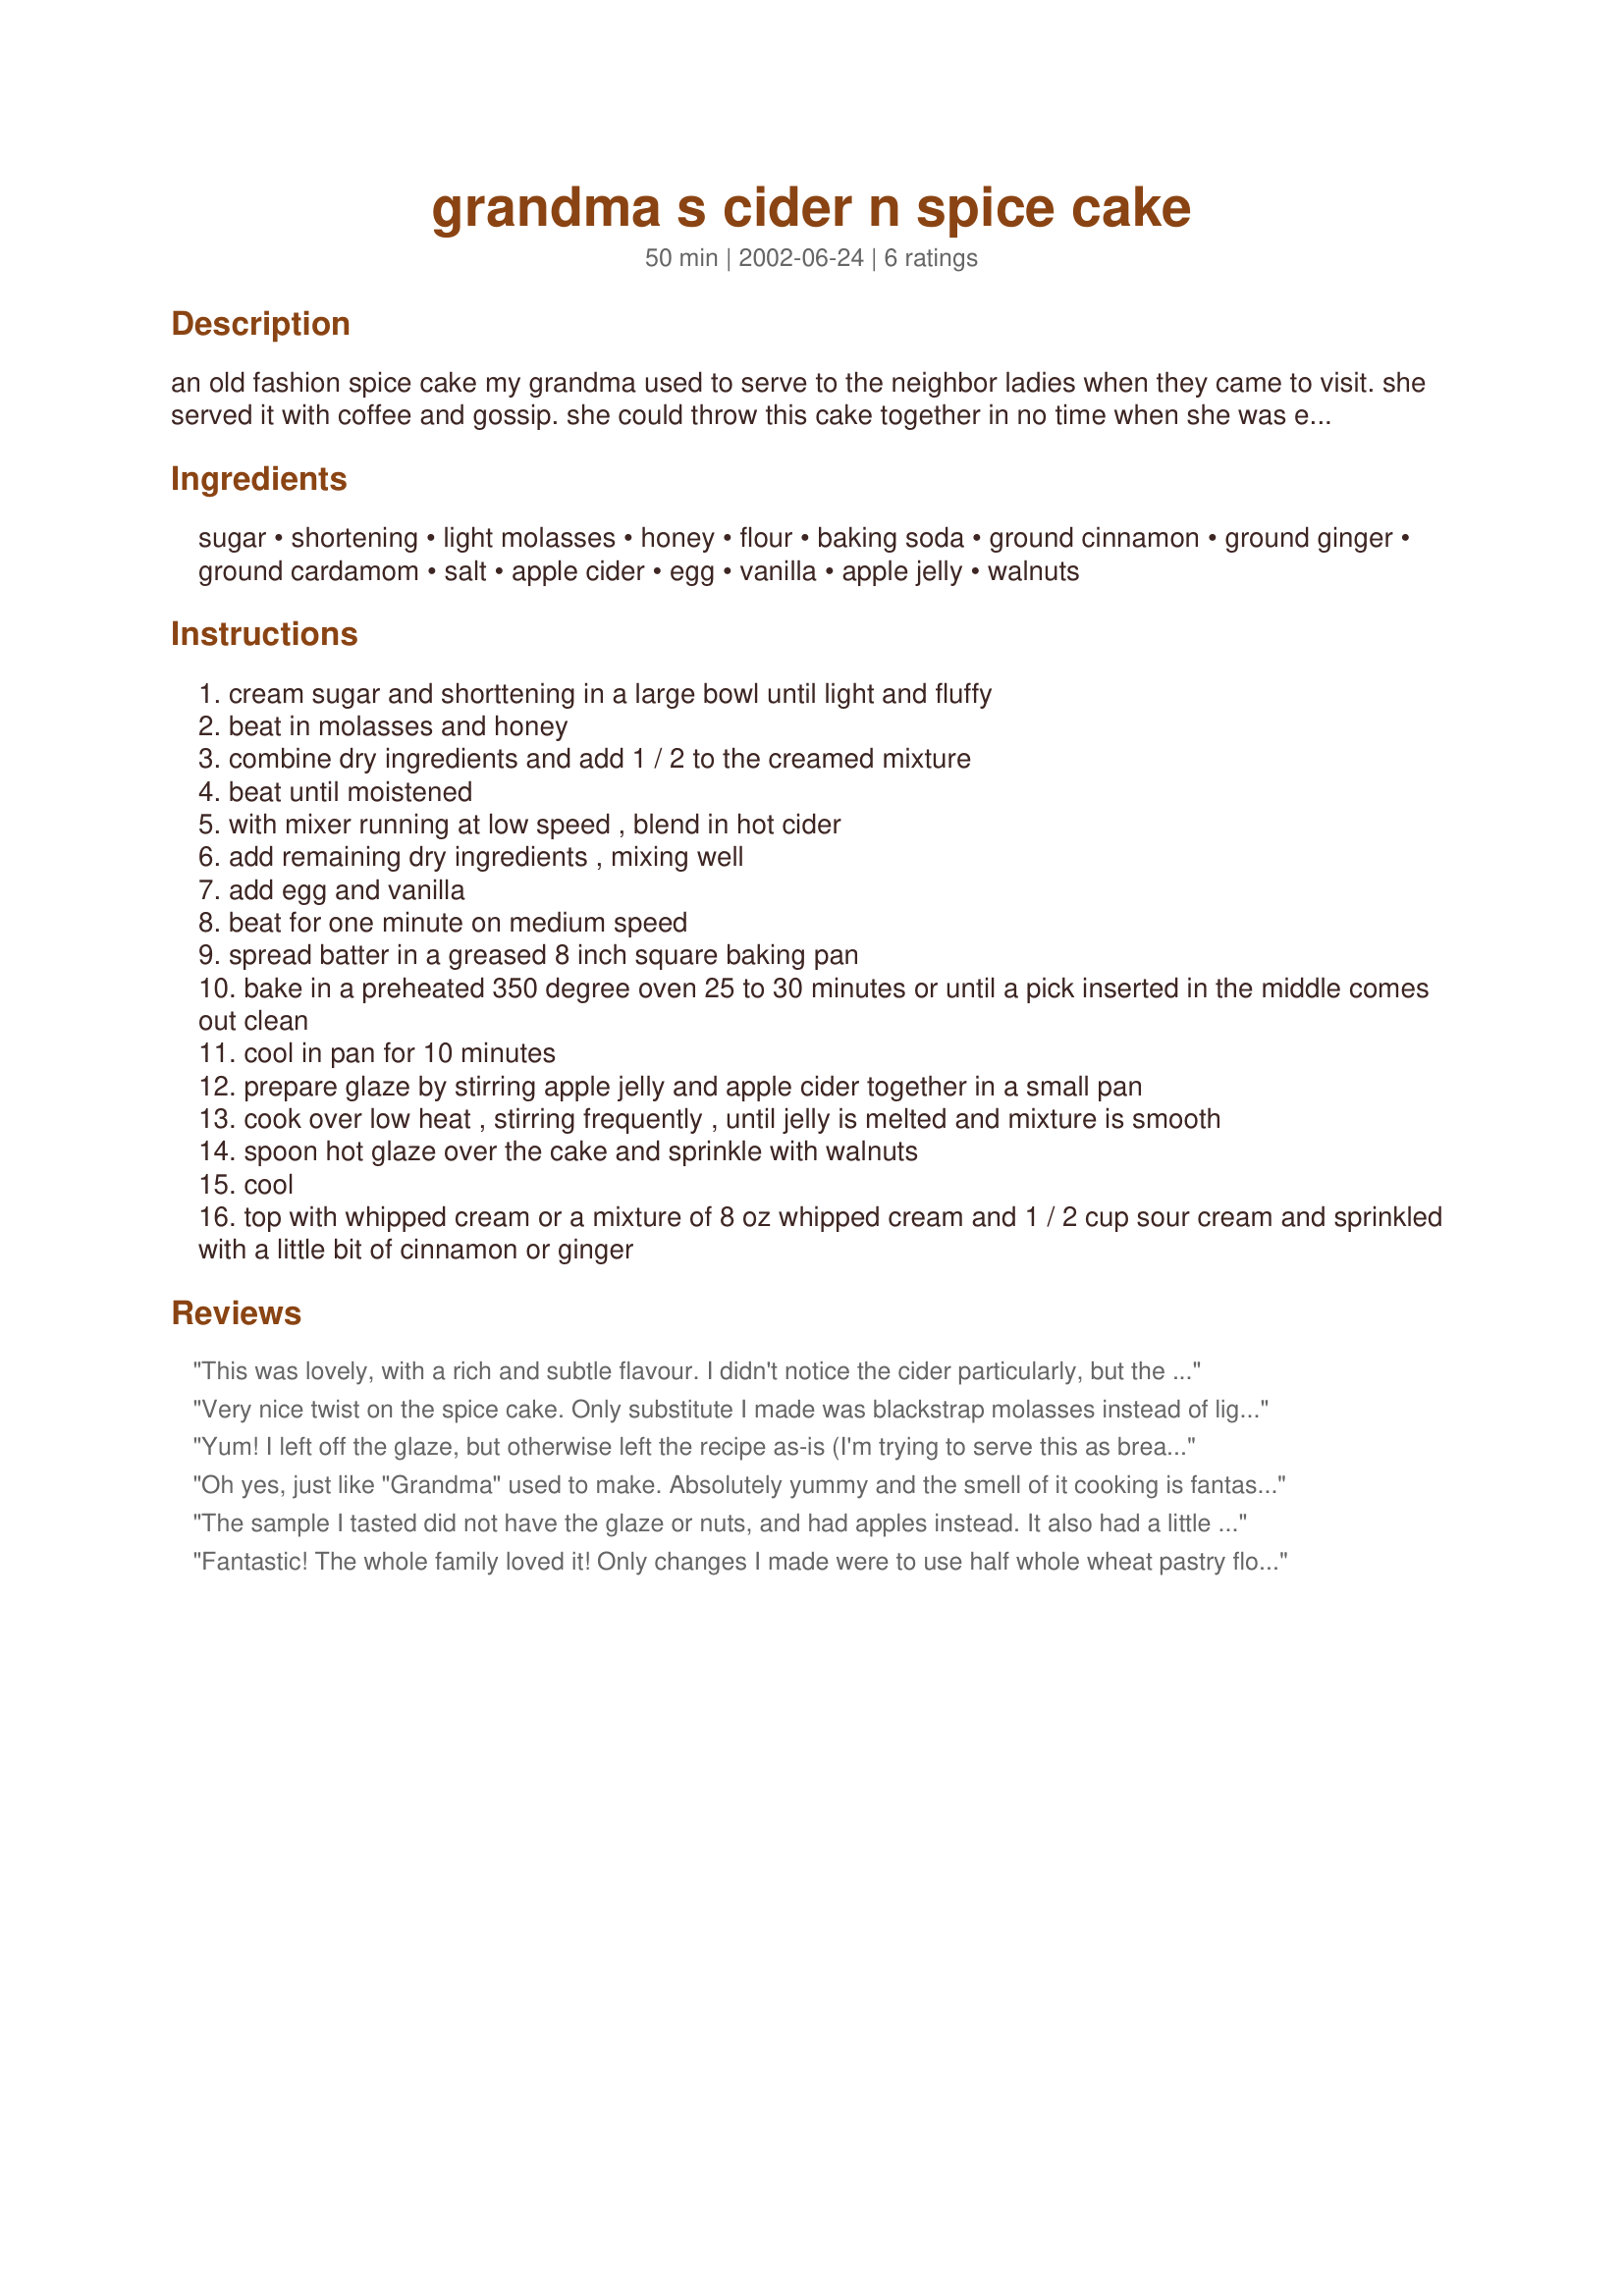
grandma s cider n spice cake
Preparation time: 50 minutes

an old fashion spice cake my grandma used to serve to the neighbor ladies when they came to visit. she served it with coffee and gossip. she could throw this cake together in no time when she was expecting company. i found this and others in an old book i forgot i had.

Ingredients:
sugar, shortening, light molasses, honey, flour, baking soda, ground cinnamon, ground ginger, ground cardamom, salt, apple cider, egg, vanilla, apple jelly, walnuts

Steps:
cream sugar and shorttening in a large bowl until light and fluffy
beat in molasses and honey
combine dry ingredients and add 1 / 2 to the creamed mixture
beat until moistened
with mixer running at low speed , blend in hot cider
add remaining dry ingredients , mixing well
add egg and vanilla
beat for one minute on medium speed
spread batter in a greased 8 inch square baking pan
bake in a preheated 350 degree oven 25 to 30 minutes or until a pick inserted in the middle comes out clean
cool in pan for 10 minutes
prepare glaze by stirring apple jelly and apple cider together in a small pan
cook over low heat , stirring frequently , until jelly is melted and mixture is smooth
spoon hot glaze over the cake and sprinkle with walnuts
cool
top with whipped cream or a mixture of 8 oz whipped cream and 1 / 2 cup sour cream and sprinkled with a little bit of cinnamon or ginger

Reviews:
This was lovely, with a rich and subtle flavour. I didn't notice the cider particularly, but the honey, molasses and cardamom (a spice I have not used before) were just a delightful combination. I left the glaze off, and put in some chopped apples instead, since I bought a half-bushel of apples in a fit of enthusiasm and am now putting them in practically everything. I think it would have been better without them especially as they seem to be a variety that does not soften with cooking. That's obviously no fault of the recipe; this is just a terrific little cake.
Very nice twist on the spice cake. Only substitute I made was blackstrap molasses instead of light. Great texture. I can see this working well in a trifle layered with apples (something like apple pie filling) and cool whip.
Yum! I left off the glaze, but otherwise left the recipe as-is (I'm trying to serve this as breakfast fare, so I figure we don't really need the icing.) It is an amazingly light and fluffy cake with a delicate cider flavor. Its kind of reminicent of gingerbread because of the molasses and spices. I did not think the cardamom was a particularly noticeable flavor in the final product, although you can taste the cinnamon and ginger, I think. I think maybe it added a lovely sublte touch that I can't put my finger on. I did make a couple substitutions- I used whole wheat pastry flour for the white, butter for the shortening, blackstrap molasses and I used 1/2 tsp vanilla and about 3/4 tsp (I tried to measure in the 1/2 tsp but sloshed it) Cognac. Really lovely flavors. I do think the cider flavor shows through but it is a lovely delicate flavor. I was really astonished at how light and tender this turned out. Thank you for a terrific recipe.
Oh yes, just like "Grandma" used to make. Absolutely yummy and the smell of it cooking is fantastic too. I just dusted this with some powdered sugar because I figured the cake would be sweet enough on its own.
The sample I tasted did not have the glaze or nuts, and had apples instead. It also had a little less sweetner than listed in the recipe. I found that the cake was too sweet for my tasts.

Fantastic! The whole family loved it! Only changes I made were to use half whole wheat pastry flour and butter intsead of shortening. Looks as good as it smells! Cardamon is a really nice touch. I added the glaze, made with homemade apple jelly, but did not top with whipped cream. No one thought it was too sweet. I LOVE this and will definitely make it again, and also love the personal note, Karen, about your grandmother inviting the neighbors over for cake and gossip. Thanks for sharing your recipe!
